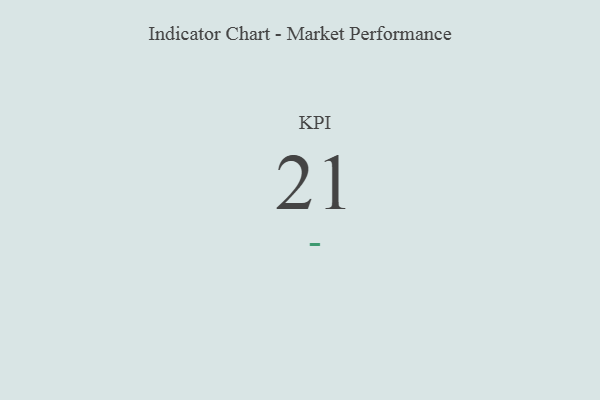
{"axis": {"x": "KPI", "y": "Value"}, "legend": [""], "data": [{"x": "KPI", "y": 21, "type": ""}]}